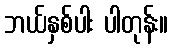
ဘယ်နှစ်ပါး ပါတုန်း။